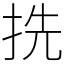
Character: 㧥